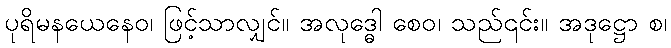
ပုရိမနယေနေဝ၊ ဖြင့်သာလျှင်။ အလုဒ္ဓေါ စေဝ၊ သည်၎င်း။ အဒုဋ္ဌော စ၊